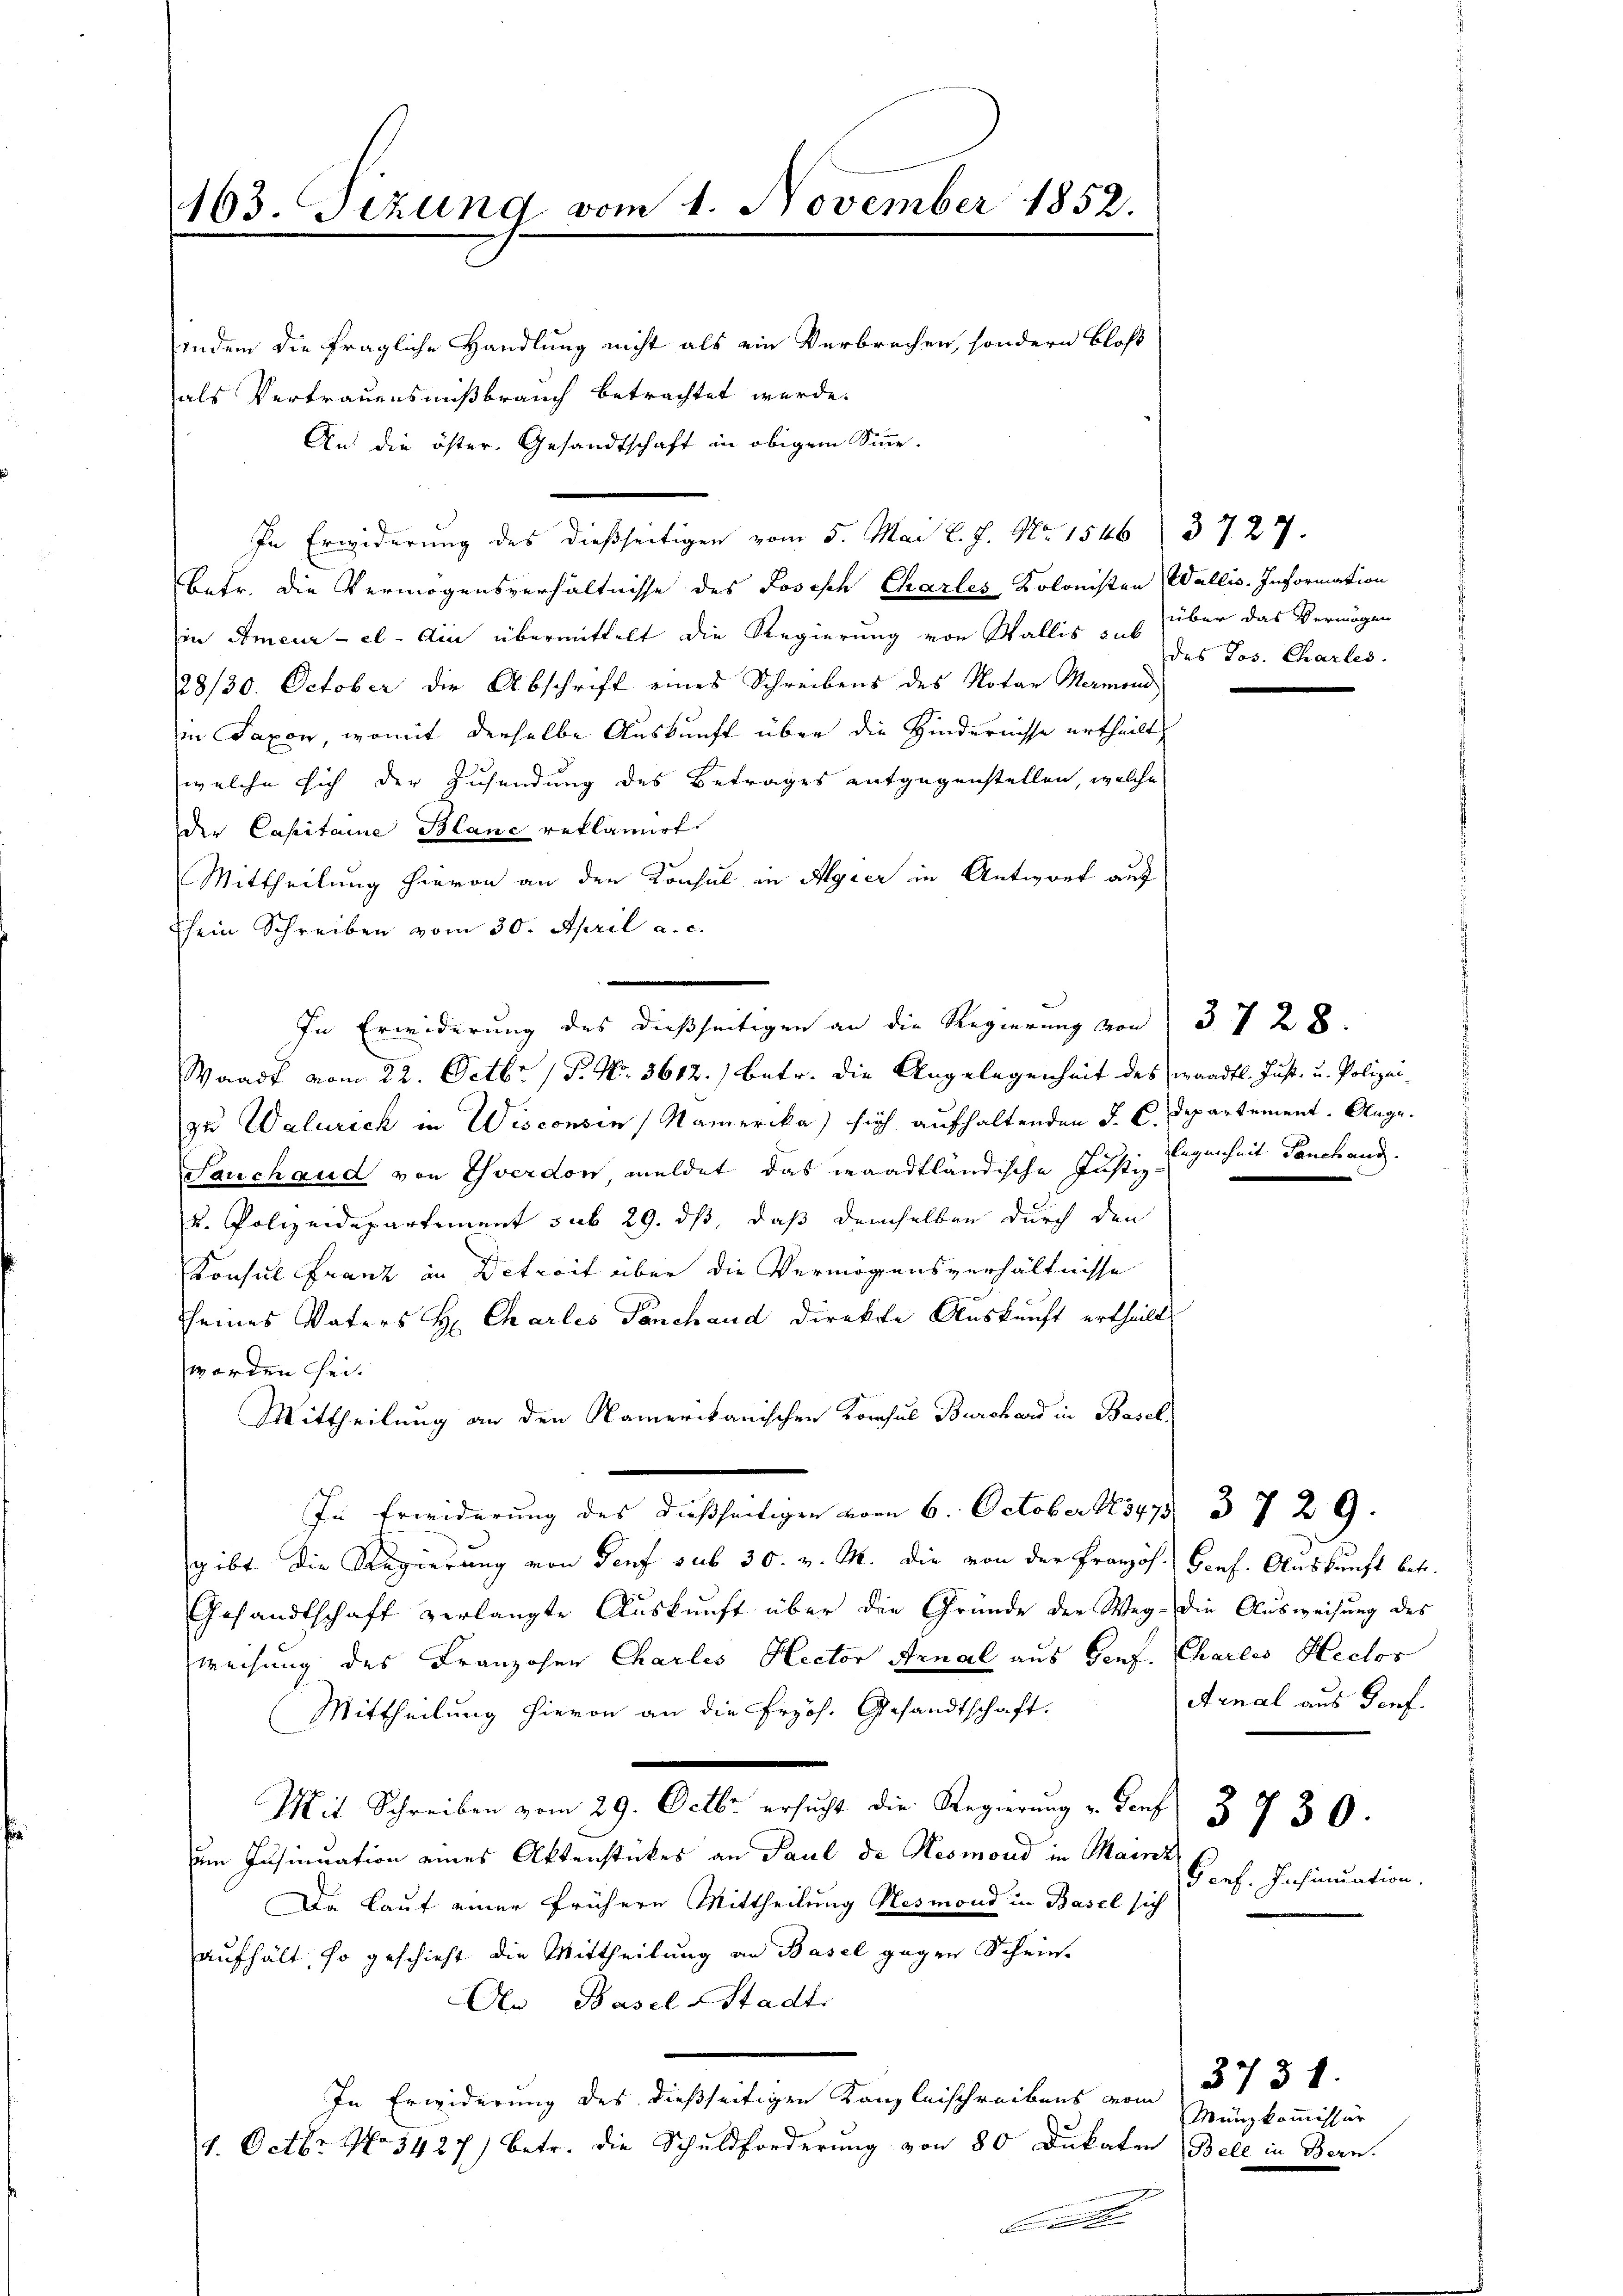
163. Tizung vom 1. November 1852.
.
indem die fragliche Handlung nicht als ein Verbrechen, sondern bloß
als Vertrauensmißbrauch betrachtet werde.

An die öster. Gesandtschaft in obigem Sinne.
In Erwiderung des dießseitigen vom 5. Mai l. J. Nr. 1546 3727.
Catr. die Vermögensverhältnisse des Joseph Charles Kolonisten Wallis. Information
in Ameur- el - Ain übermittelt die Regierung von Wallis uns über das Vermögen
28/30. October die Abschrift eines Schreibens des Notar Hermend
in Saxon, womit derselbe Auskunft über die Hindernisse urtheilt,
welche sich der Zusendung des Betrages entgegenstellen, welche
der Capitaine Blanc reklamirt.
Mittheilung hievon an den Konsul in Algier in Antwort auf
sein Schreiben vom 30. April a. c.
Waadt vom 22. Octbr. 18. No. 3612.) betr. die Angelegenheit des waadtl. Just- u. Polizeizu Walurich in Wisconsen (Mamerika) sich aufhaltenden J. C. Departement. Auge.
Sauchaud von Yverdon meldet das waadtländische Justiz-
u. Polizeidepartement sub 29. ds, daß demselben durch den
Konsul Franz in Ditreit über die Vermögensverhältnisse
sseines Vaters H. Charles Panchand direkte Auskunft ertheilt.
worden sei.
Mittheilung an den Namerikanischen Konsul Burchard in Basel,
In Erwiderung des dießseitigen vom 6. October 1847 3729.
gibt die Regierung von Genf sub 30. v. M. die von der Französ. Genf. Auskunft betr.
Gesandtschaft verlangte Aŭskŭnft über die Gründe der Weg- die Aŭsweisung des
weisung des Franzosen Charlis Rector Arnal aus Genf. Charles Heclos
Mittheilung hievon an die froh. Gesandtschaft.
e
Mit Schreiben vom 29. Octbr. ersucht die Regierung v. Teuf
um Insinuation eines Aktenstückes an Paul de Nesmord in Mainz
Da lauf einer frühere Mittheilung Nesmond in Basel sich
aufhält, so geschieht die Mittheilung an Basel gegen Schein-
An Basel-Stadt.
In Erwiderung des dießseitigen Kanzleischreibens vom
1. Octbr. No. 3427) betr. die Schuldforderung von 80 Dukaten (Bell in Bern.
E

In Erwiderung des dießseitigen an die Regierung von 37 28

des Jos. Chartes.

legenheit Panchand

Arnal aus Genf.

Gerf. Insinuation.

3730.

3731.
Münzkommissär